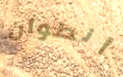
أنطوان